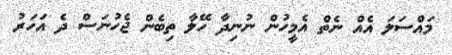
މައްސަލަ އެއް ނެތް އެމީހުން ނުނިދާ ހޭލާ ތިބެން ޖެހުނަސް ދެ އަހަރު